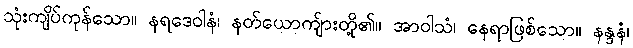
သုံးကျိပ်ကုန်သော။ နရဒေဝါနံ၊ နတ်ယောကျ်ားတို့၏။ အာဝါသံ၊ နေရာဖြစ်သော။ နန္ဒနံ၊